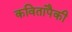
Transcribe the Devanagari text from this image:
कवितांपैकी